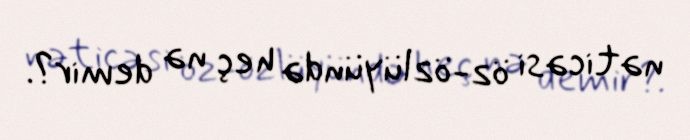
nəticəsi öz-özlüyündə heç nə demir?.